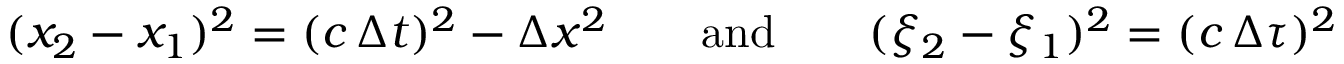
( x _ { 2 } - x _ { 1 } ) ^ { 2 } = ( c \, \Delta t ) ^ { 2 } - \Delta x ^ { 2 } \qquad \mathrm { a n d } \qquad ( \xi _ { 2 } - \xi _ { 1 } ) ^ { 2 } = ( c \, \Delta \tau ) ^ { 2 }